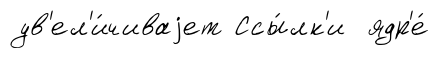
ув'ел'и́чиваjет Ссы́лк'и ядр'е́